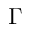
\Gamma